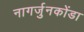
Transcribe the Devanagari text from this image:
नागर्जुनकोंडा